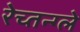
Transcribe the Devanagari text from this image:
रेच्तन्ग्ले